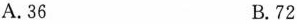
A.36 B.72